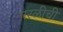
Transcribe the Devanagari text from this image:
नारळीची